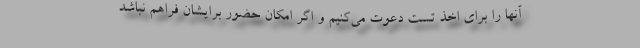
آنها را برای اخذ تست دعوت می‌کنیم و اگر امکان حضور برایشان فراهم نباشد